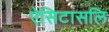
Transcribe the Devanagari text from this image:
ऐसिटासलि